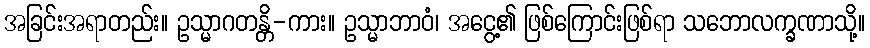
အခြင်းအရာတည်း။ ဥသ္မာဂတန္တိ-ကား။ ဥသ္မာဘာဝံ၊ အငွေ့၏ ဖြစ်ကြောင်းဖြစ်ရာ သဘောလက္ခဏာသို့။